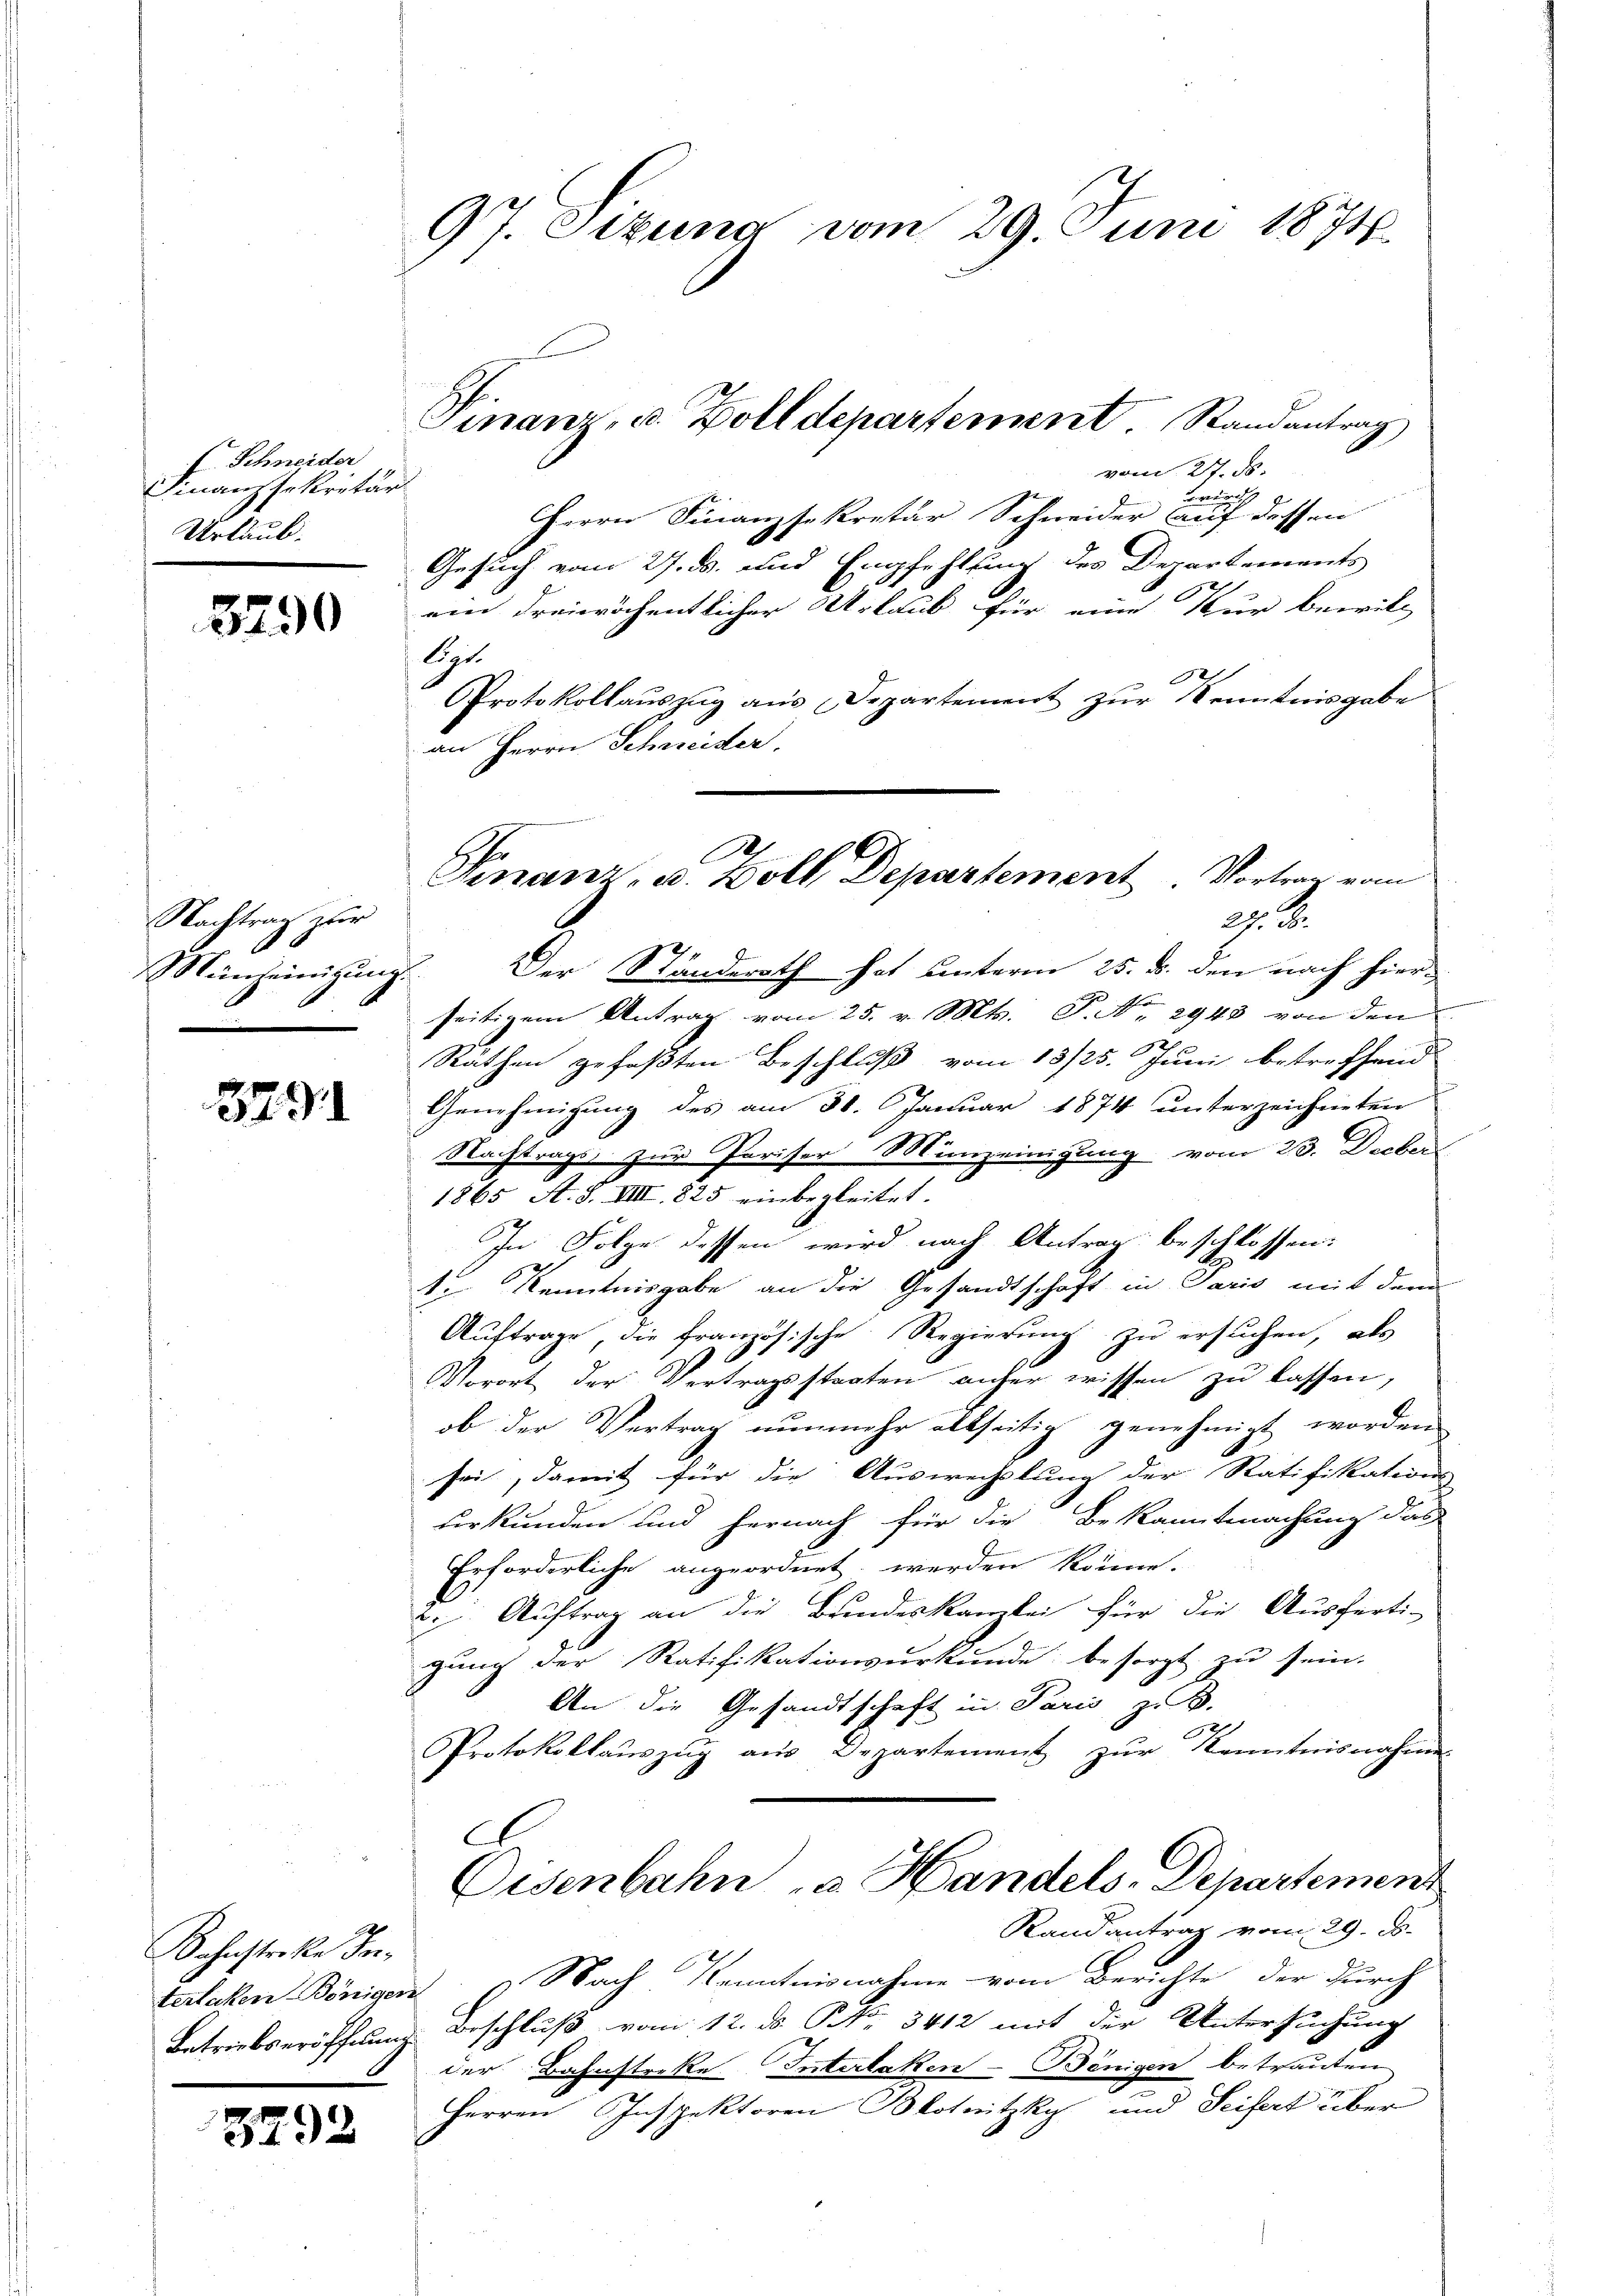
(Schneider
Finanzsekretär
Urlaub.

3290

Nachtrag zur
Mancheinigung

379

Kohnstraße Forterlaken-Bönigen.

5292

97. Sizung vom 29. Juni 18718.

vom 27. ds.
owird
Herrn Finanzsekretär Schneider auf dessen
Gesuch vom 27. ds. und Empfehlung des Departements
ein dreiwöchentlicher Urlaub für eine Kur bewill
1
1
Protokollauszug aus Departement zur Kenntnisgabe
an Herrn Schneider.
Der Ständerath hat unterm 25. d. den nach hier-
seitigem Antrag vom 25. v. Mts. P. Nr. 2943 von den
x
Räthen gefaßten Beschluß vom 13/25. Juni betreffend
Genehmigung des am 30. Januar 1874 unterzeichneten
Nachtrags, zur Pariser Münzeinigung vom 23. Decker
1865 A. S. VIII. 825 einbegleitet.
In Folge dessen wird nach Antrag beschlossen:
te Kenntnisgabe an die Gesandtschaft in Paris mit dem
Auftrage, die französische Regierung zu ersuchen, als
Vorort der Vertragsstaaten anher wissen zu lassen,
ob der Vertrag nunmehr allseitig genehmigt worden
sei, damit für die Auswechslung der Ratifikations-
urkunden und hernach für die Bekanntmachung das
Erforderliche angeordnet werden könne.
2. Auftrag an die Bundeskanzlei für die Ausferti-
gung der Ratifikationsurkunde besorgt zu sein.
An die Gesandtschaft in Paris, z. B.
Protokollaŭszŭg aŭs Departement zŭr Kenntnisnahme
A
Eisenbahn a. Handels-Departement
Randantrag vom 29. d.
Nach Kenntnisnahme vom Berichte, der durch
Betriebseröffnung Beschluß vom 12. ds NNo. 3412 mit der Untersuchung
der Bahnstreke Interlaken-Bönigen betrauten
Herren Inspektoren Blotnitzky und Seifert über

Finanz, u. Zolldepartement Randantrag

A
Finanz, u. Wolf Departement Vortrag vom
27. d.